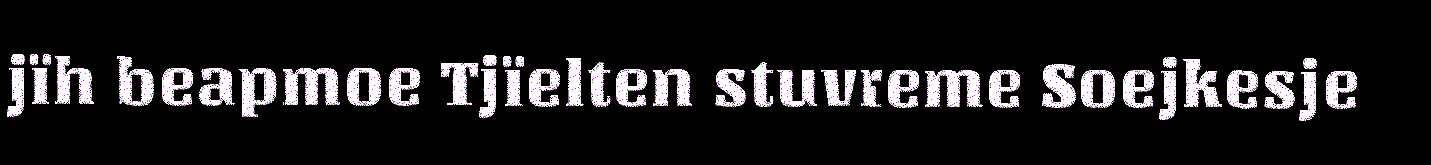
jïh beapmoe Tjïelten stuvreme Soejkesje